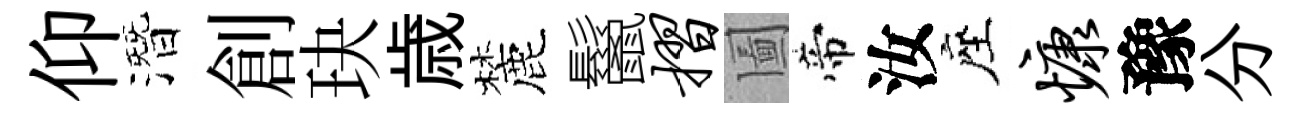
仰潛創玦歳麓鬣摺圗帝汝座慷豫分